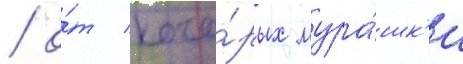
/ о́т кото́рых мура́шк'и